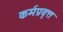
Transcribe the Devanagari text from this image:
कर्मप्रवृत्त